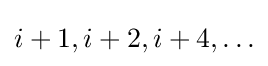
i+1,i+2,i+4,\ldots